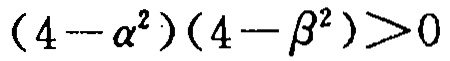
\((4 - \alpha^{2})(4 - \beta^{2})>0\)